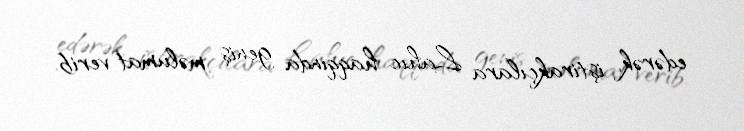
edərək, iştirakçılara Lahıc haqqında geniş məlumat verib.